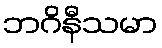
ဘဂိနီသမာ